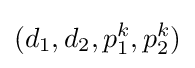
(d_{1},d_{2},p_{1}^{k},p_{2}^{k})